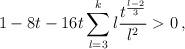
LaTeX: \begin{align*}1-8t-16t \sum_{l=3}^{k}l\frac{ t^{\frac{l-2}{3}}}{l^2}>0\,,\end{align*}